Report on sanitation, dispensaries, and jails in Rajputana for 1919, and on vaccination for the year 1919-1920 - 1919-1920
Year: 1919
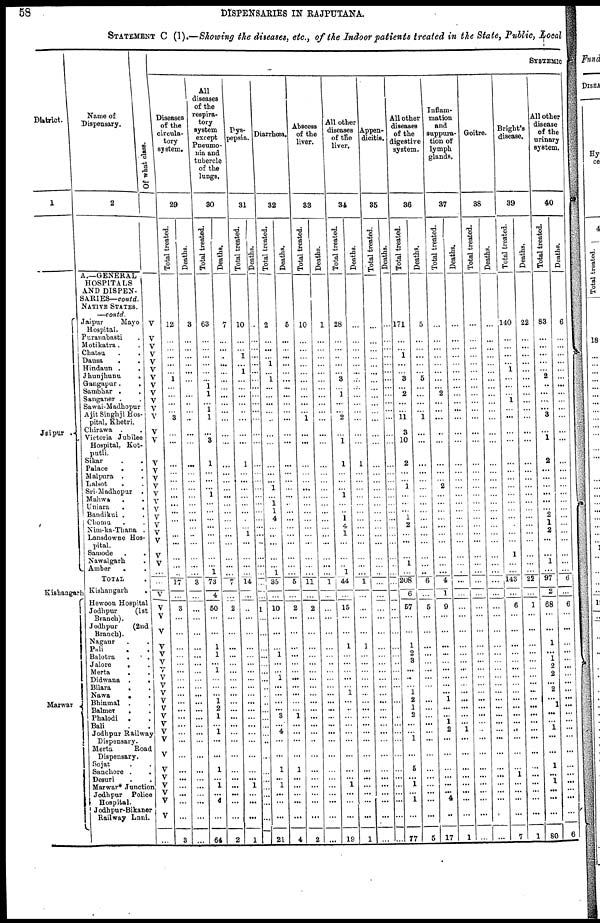
58
DISPENSARIES IN RAJPUTANA.
STATEMENT C (I).—Showing the diseases, etc., of the Indoor patients treated in the State, Public, Local
District
1
Jaipur .
Kishangarh
Marwar
Name of
Dispensary.
Of what class.
2
A.—GENERAL
HOSPITALS
AND DISPEN¬
SARIES—contd.
NATIVE STATES.
—contd.
Jaipur
Mayo
Hospital.
Puranabasti .
Motikatra.
Chatsu . .
Dausa
. .
Hindaun .
.
Jhunjhunu . .
Gangapur.
.
Sambhar . .
Sanganer . .
Sawai-Madhopur
Ajit Singhji Hos-
pital, Khetri.
Chirawa . .
Victoria Jubilee
Hospital, Kot¬
putli.
Sikar . .
Palace . .
Malpura . .
Lalsot . .
Sri-Madhopur .
Mahwa . .
Uniara
.
.
Bandikui .
.
Chomu . .
Nim-ka-Thana .
Lansdowne Hos-
pital.
Samode .
.
Nawalgarh . .
Amber . .
TOTAL .
Kishangarh .
Hewoon Hospital
Jodhpur (1st
Branch).
Jodhpur
(2nd
Branch).
Nagaur . .
Pali . .
Balotra . .
Jalore . .
Merta . .
Didwana .
.
Bilara . .
Nawa . .
Bhinmal . .
Balmer
. .
Phalodi . .
Bali .
Jodhpur Railway
Dispensary.
Merta
Road
Dispensary.
Sojat . .
Sanchore . .
Desuri . .
Marwar* Junction
Jodhpur Police
Hospital.
Jodhpur- Bikaner
Railway Lnni.
V
V
V
V
V
V
V
V
V
V
V
V
V
V
V
V
V
V
V
V
V
V
V
V
V
V
V
...
...
V
V
V
V
V
V
V
V
V
V
V
V
V
V
V
V
V
V
V
V
V
V
V
V
...
SYSTEMIC
Diseases
of the
circula-
tory
system.
29
Total treated.
12
...
...
...
...
...
1
...
...
...
...
3
...
...
...
...
...
...
...
...
...
...
...
...
...
...
...
...
17
...
3
...
...
...
...
...
...
...
...
...
...
...
...
...
...
...
...
...
...
...
...
...
...
3
Deaths.
3
...
...
...
...
...
...
...
...
...
...
...
...
...
...
...
...
...
...
...
...
...
...
...
...
...
...
...
3
...
...
...
...
...
...
...
...
...
...
...
...
...
...
...
...
...
...
...
...
...
...
...
...
...
All
diseases
of the
respira-
tory
system
except
Pneumo-
nia and
tubercle
of the
lungs.
30
Total treated.
63
...
...
...
...
...
...
1
1
...
1
1
...
3
1
...
...
...
1
...
...
...
...
...
...
...
...
1
73
4
50
...
...
1
1
...
1
...
...
...
1
2
1
...
1
...
...
1
...
1
...
4
...
64
Deaths.
7
...
...
...
...
...
...
...
...
...
...
...
...
...
...
...
...
...
...
...
...
...
...
...
...
...
...
...
7
...
2
...
...
...
...
...
...
...
...
...
...
...
...
...
...
...
...
...
...
...
...
...
...
2
Dys-
pepsia.
31
Total treated.
10
...
...
1
...
1
...
...
...
...
...
...
...
...
1
...
...
...
...
...
...
...
...
1
...
...
...
...
14
...
...
...
...
...
...
...
...
...
...
...
...
...
...
...
...
...
...
...
...
1
...
...
...
1
Deaths.
...
...
...
...
...
...
...
...
...
...
...
...
...
...
...
...
...
...
...
...
...
...
...
...
...
...
...
...
...
...
1
...
...
...
...
...
...
...
...
...
...
...
...
...
...
...
...
...
...
...
...
...
...
...
Diarrhœa
32
Total treated.
2
...
...
...
1
...
1
...
...
...
...
...
...
...
...
...
...
1
...
1
1
4
...
...
...
...
...
1
35
...
10
...
...
...
1
...
...
1
...
...
...
...
3
...
4
...
...
1
...
1
...
...
...
21
Deaths.
5
...
...
...
...
...
...
...
...
...
...
...
...
...
...
...
...
...
...
...
...
...
...
...
...
...
...
...
5
...
2
...
...
...
...
...
...
...
...
...
...
...
1
...
...
...
...
1
...
...
...
...
...
4
Abscess
of the
liver.
33
Total treated.
10
...
...
...
...
...
...
...
...
...
...
1
...
...
...
...
...
...
...
...
...
...
...
...
...
...
...
...
11
...
2
...
...
...
...
...
...
...
...
...
...
...
...
...
...
...
...
...
...
...
...
...
...
2
Deaths.
1
...
...
...
...
...
...
...
...
...
...
...
...
...
...
...
...
...
...
...
...
...
...
...
...
...
...
...
1
...
...
...
...
...
...
...
...
...
...
...
...
...
...
...
...
...
...
...
...
...
...
...
...
...
All other
diseases
of the
liver.
34
Total treated.
28
...
...
...
...
...
3
...
1
...
...
2
...
1
1
...
...
...
1
...
...
1
4
1
...
...
...
1
44
...
15
...
...
1
...
...
...
...
...
1
...
...
...
...
...
...
...
...
...
1
....
...
...
19
Deaths.
...
...
...
...
...
...
...
...
...
...
...
...
...
...
1
...
...
...
...
...
...
...
...
...
...
...
...
...
1
...
...
...
...
1
...
...
...
...
...
...
...
...
...
...
...
...
...
...
...
...
...
...
...
1
Appen¬
dicitis.
35
Total treated.
...
...
...
...
...
...
...
...
...
... .
...
...
...
...
...
...
...
...
...
...
...
...
...
...
...
...
...
...
...
...
...
...
...
...
...
...
...
...
...
...
...
...
...
...
...
...
...
...
...
...
...
...
...
Deaths.
...
...
...
...
...
...
...
...
...
...
...
...
...
...
...
...
...
...
...
...
...
...
...
...
...
...
...
...
...
...
...
...
...
...
...
...
...
...
...
...
...
...
...
...
...
...
...
...
...
...
...
...
...
...
All other
diseases
of the
digestive
system.
36
Tot al t r eat ed.
171
...
...
1
...
...
3
...
2
...
...
11
3
10
2
...
...
1
...
...
...
1
2
...
...
...
1
...
208
6
57
...
...
1
2
3
...
...
...
1
2
1
2
...
...
1
...
5
...
1
...
1
...
77
Deaths.
5
...
...
...
...
...
5
...
...
...
...
1
...
...
...
...
...
...
...
...
...
...
...
...
...
...
...
...
6
...
5
...
...
...
...
...
...
...
...
...
...
...
...
...
...
...
...
...
...
...
...
...
...
5
Inflam¬
mation
and
suppura¬
tion of
lymph
glands.
37
Total treated.
...
...
...
...
...
...
...
...
2
...
...
...
...
...
...
...
...
2
...
...
...
...
...
...
...
...
...
...
4
1
9
...
...
...
...
...
...
...
...
...
1
...
... 1
2
...
...
...
...
...
...
4
...
17
Deaths.
...
...
...
...
...
...
...
...
...
...
...
...
...
...
...
...
...
...
...
...
...
...
...
...
...
...
...
...
...
...
...
...
...
...
...
...
...
...
...
...
...
...
...
...
1
...
...
...
...
...
...
...
...
1
Goitre.
38
Total treated.
...
...
...
...
...
...
...
...
...
...
...
...
...
...
...
...
...
...
...
...
...
...
...
...
...
...
...
...
...
...
...
...
...
...
...
...
...
...
...
...
...
...
...
...
...
...
...
...
...
...
...
...
...
...
Deaths.
...
...
...
...
...
...
...
...
...
...
...
...
...
...
...
...
...
...
...
...
...
...
...
...
...
...
...
...
...
...
...
...
...
...
...
...
...
...
...
...
...
...
...
...
...
...
...
...
...
...
...
...
...
...
Bright's
disease.
39
Total treated.
140
...
...
...
...
1
...
...
...
1
...
...
...
...
...
...
...
...
...
...
...
...
...
...
...
1
...
...
143
...
6
...
...
...
...
...
...
...
...
...
...
...
...
...
...
...
...
...
...
...
...
...
...
7
Deaths.
22
...
...
...
...
...
...
...
...
...
...
...
...
...
...
...
...
...
...
...
...
...
...
...
...
...
...
...
22
...
1
...
...
...
...
...
...
...
...
...
...
...
...
...
...
...
...
...
...
...
...
...
...
1
All other
disease
of the
urinary
system.
40
Total treated.
83
...
...
...
...
...
2
...
...
...
...
3
...
1
2
...
...
...
...
...
...
2
1
2
...
...
1
...
97
2
68
...
...
1
...
1
2
2
...
2
...
1
...
...
1
...
...
1
...
1
...
...
...
80
Deaths.
6
...
...
...
...
...
...
...
...
...
...
...
...
...
...
...
...
...
...
...
...
...
...
...
...
...
...
...
6
...
6
...
...
...
...
...
...
...
...
...
...
...
...
...
...
...
...
...
...
...
...
...
...
6